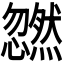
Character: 𫻜